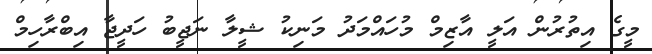
މީގެ އިތުރުން އަލީ އާޒިމް މުހައްމަދު މަނިކު ޝީލާ ނަޖީބު ހަދީޖާ އިބްރާހިމް